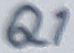
Text: Q1